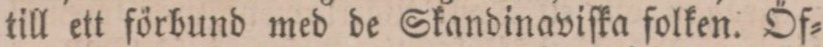
till ett förbund med de Skandinaviſka folken. Öf=